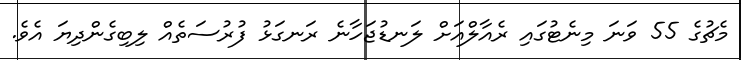
މެޗުގެ 55 ވަނަ މިނެޓުގައި ރެއާލްއަށް ލަނޑުޖަހާނެ ރަނގަޅު ފުރުސަތެއް ލިބިގެންދިޔަ އެވެ.